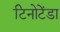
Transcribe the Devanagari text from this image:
टिनोटेंडा